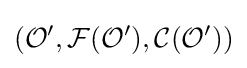
({\mathcal {O}}',{\mathcal {F}}({\mathcal {O}}'),{\mathcal {C}}({\mathcal {O'}}))